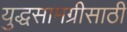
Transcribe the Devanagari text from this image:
युद्धसामग्रीसाठी